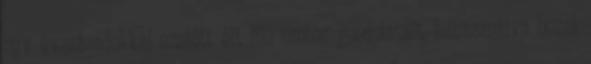
egy évszázadokkal ezelőtt élt ifjú ember gondolatait, felhasználva hozzá